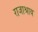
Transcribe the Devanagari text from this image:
राजाश्राय